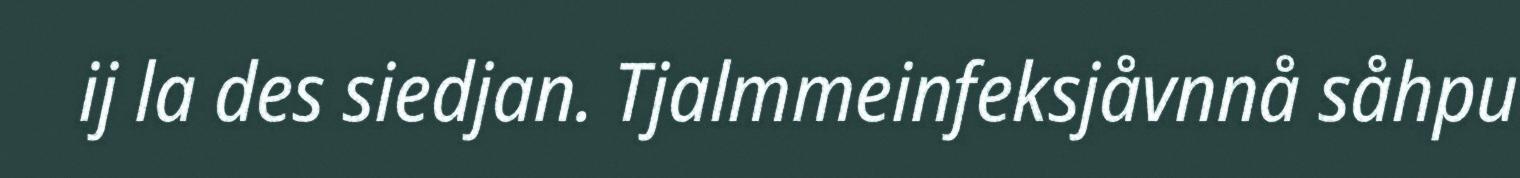
ij la des siedjan. Tjalmmeinfeksjåvnnå såhpu